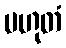
ပဟုတံ